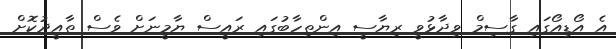
އެ އޯޑިއޯގައި ގާސިމް ވިދާޅުވީ ރިޔާސީ އިންތިހާބުގައި ރައީސް ޔާމީނަށް ވެސް ތާއީދުކޮށް